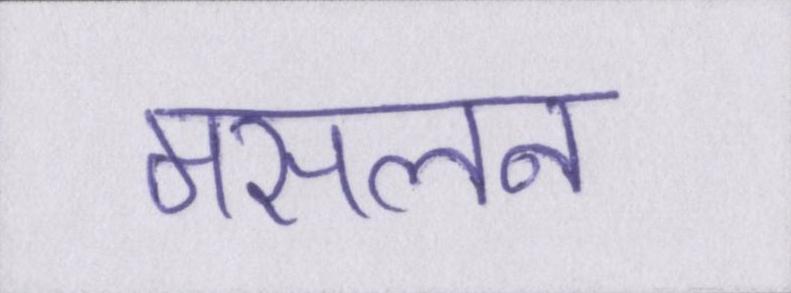
मसलन